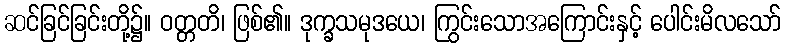
ဆင်ခြင်ခြင်းတို့၌။ ဝတ္တတိ၊ ဖြစ်၏။ ဒုက္ခသမုဒယေ၊ ကြွင်းသောအကြောင်းနှင့် ပေါင်းမိလသော်